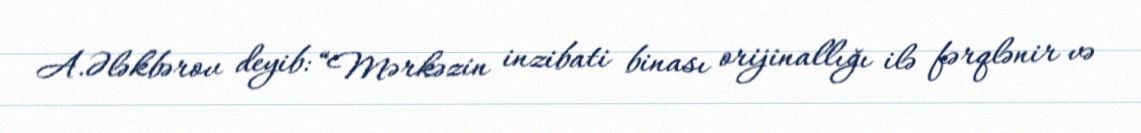
A.Ələkbərov deyib: “Mərkəzin inzibati binası orijinallığı ilə fərqlənir və